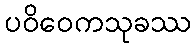
ပဝိဝေကသုခဿ